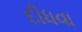
દીધવા